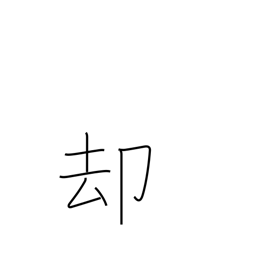
Meaning: withdraw